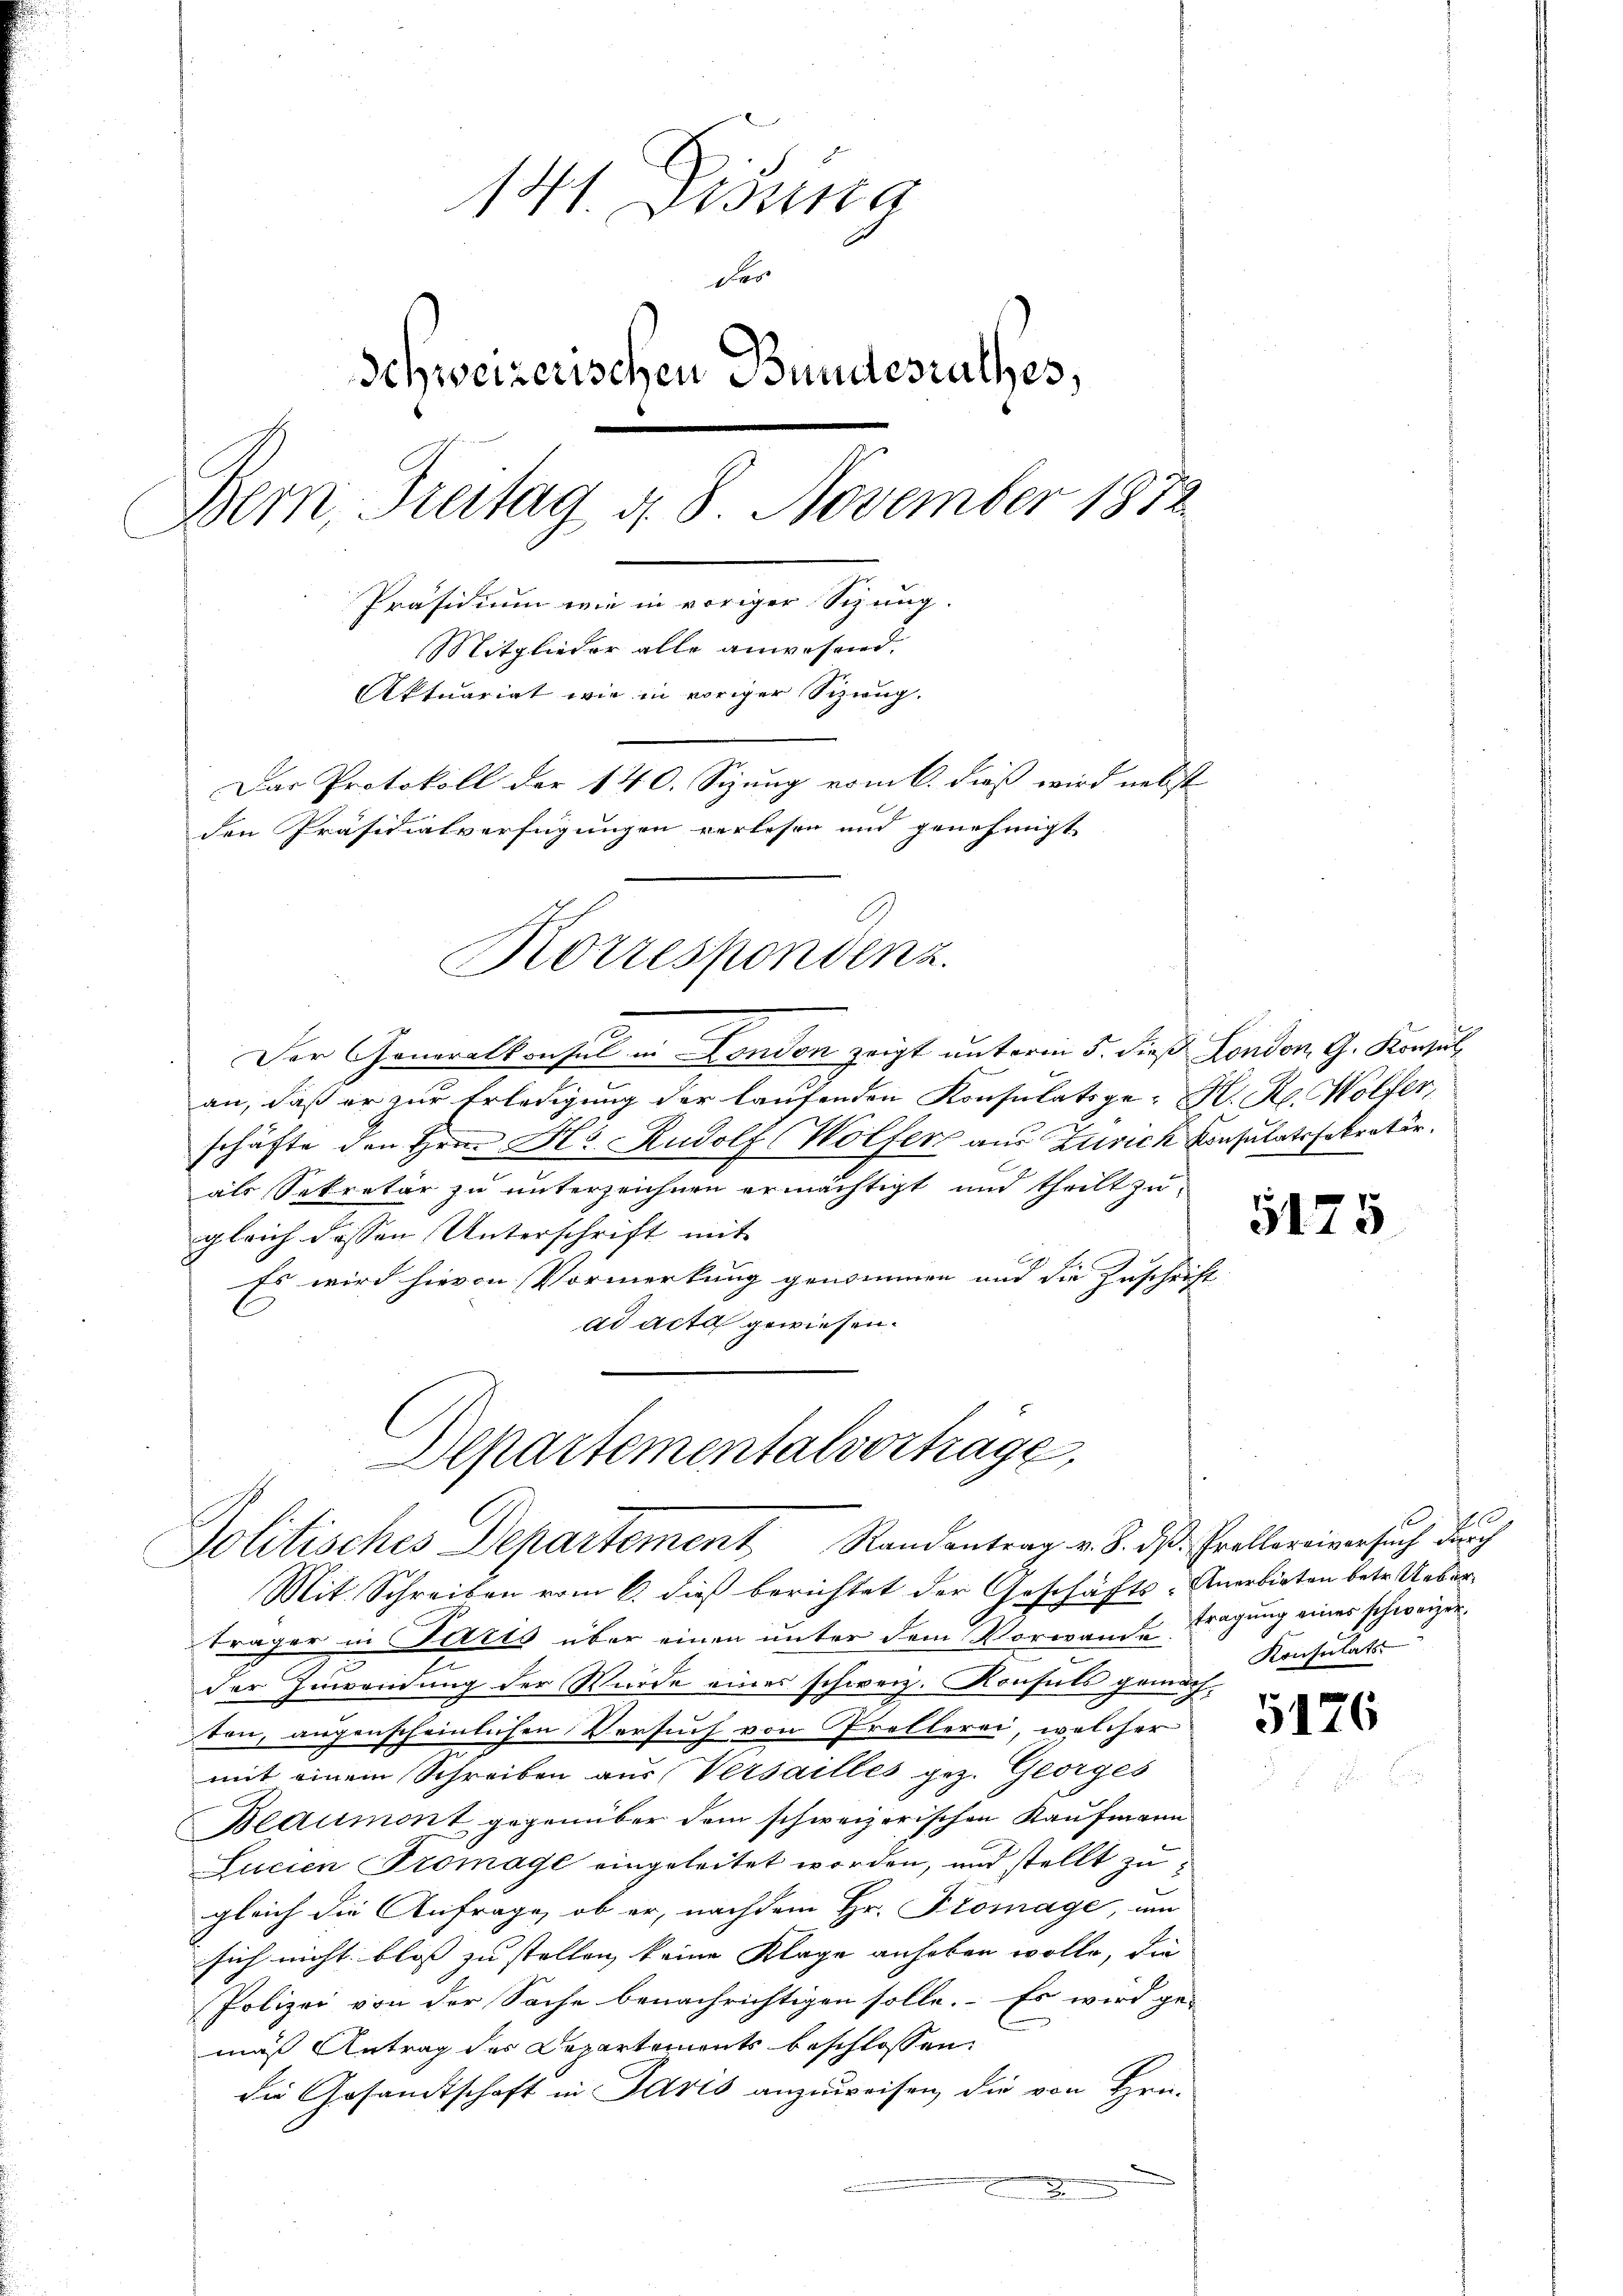
101. Disena
der
Schweizerischen Bundesrathes,
Bern, Freitag d. 8. November 1872
Präsidium wie in voriger Sitzung.
Mitglieder alle anwesend.
Aktuariat wie in voriger Sizung.
Das Protokoll der 140. Sizung vom 6. dieß wird nebst
den Präsidialverfügungen verlesen und genehmigt
Korrespondenz.

Der Generalkonsul in London zeigt unterm 5. dieß London, G. Konsul
an, daß er zur Erledigung der laufenden Konsulatsge- K. R. Wolfer,
schäfte den Hrn. Hr. Rudolf Wölfer aus Zürich Consulatssekretär.
als Sekretär zu unterzeichnen ermächtigt und theilt zu
gleich dassen Unterschrift mit
Es wird hievon Vormerkung genommen und die Zuschrift
ad acta gewiesen.
Mit Schreiben vom 6. dieß berichtet der Geschäfts-Anerbieten betr. Ueberträger in Paris über einen unter dem Vorwande tragung eines schweizerder Zuwendung der Wurde eines schweiz. Konsuls gemachten, augenscheinlichen Versuch von Prollerei, welcher
mit einem Schreiben aus Versailles gez. Georges
Beaumont gegenüber dem schweizerischen Kaufmann
Lucien Tromage eingeleitet worden, und stellt zugleich die Anfrage, ob er, nachdem Hr. Promage, um
sich nicht bloss zu stellen keine Klage anheben wolle, die
Polizei von der Sache benachrichtigen solle. Es wird ge-
mäß Antrag des Departements beschlossen:
die Gesandtschaft in Paris anzuweisen, die von Hrn.

Departementalvertrage,
Politisches Departement Randentrag v. 8. d. Prollereiversuch durch

5175

7700
Konsultats

512